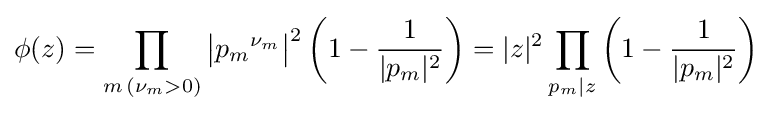
\phi (z)=\prod _{m\,(\nu _{m}>0)}{\bigl |}{p_{m}}^{\nu _{m}}{\bigr |}^{2}\left(1-{\frac {1}{|p_{m}|{}^{2}}}\right)=|z|^{2}\prod _{p_{m}|z}\left(1-{\frac {1}{|p_{m}|{}^{2}}}\right)